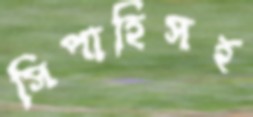
সিপাহিসহ